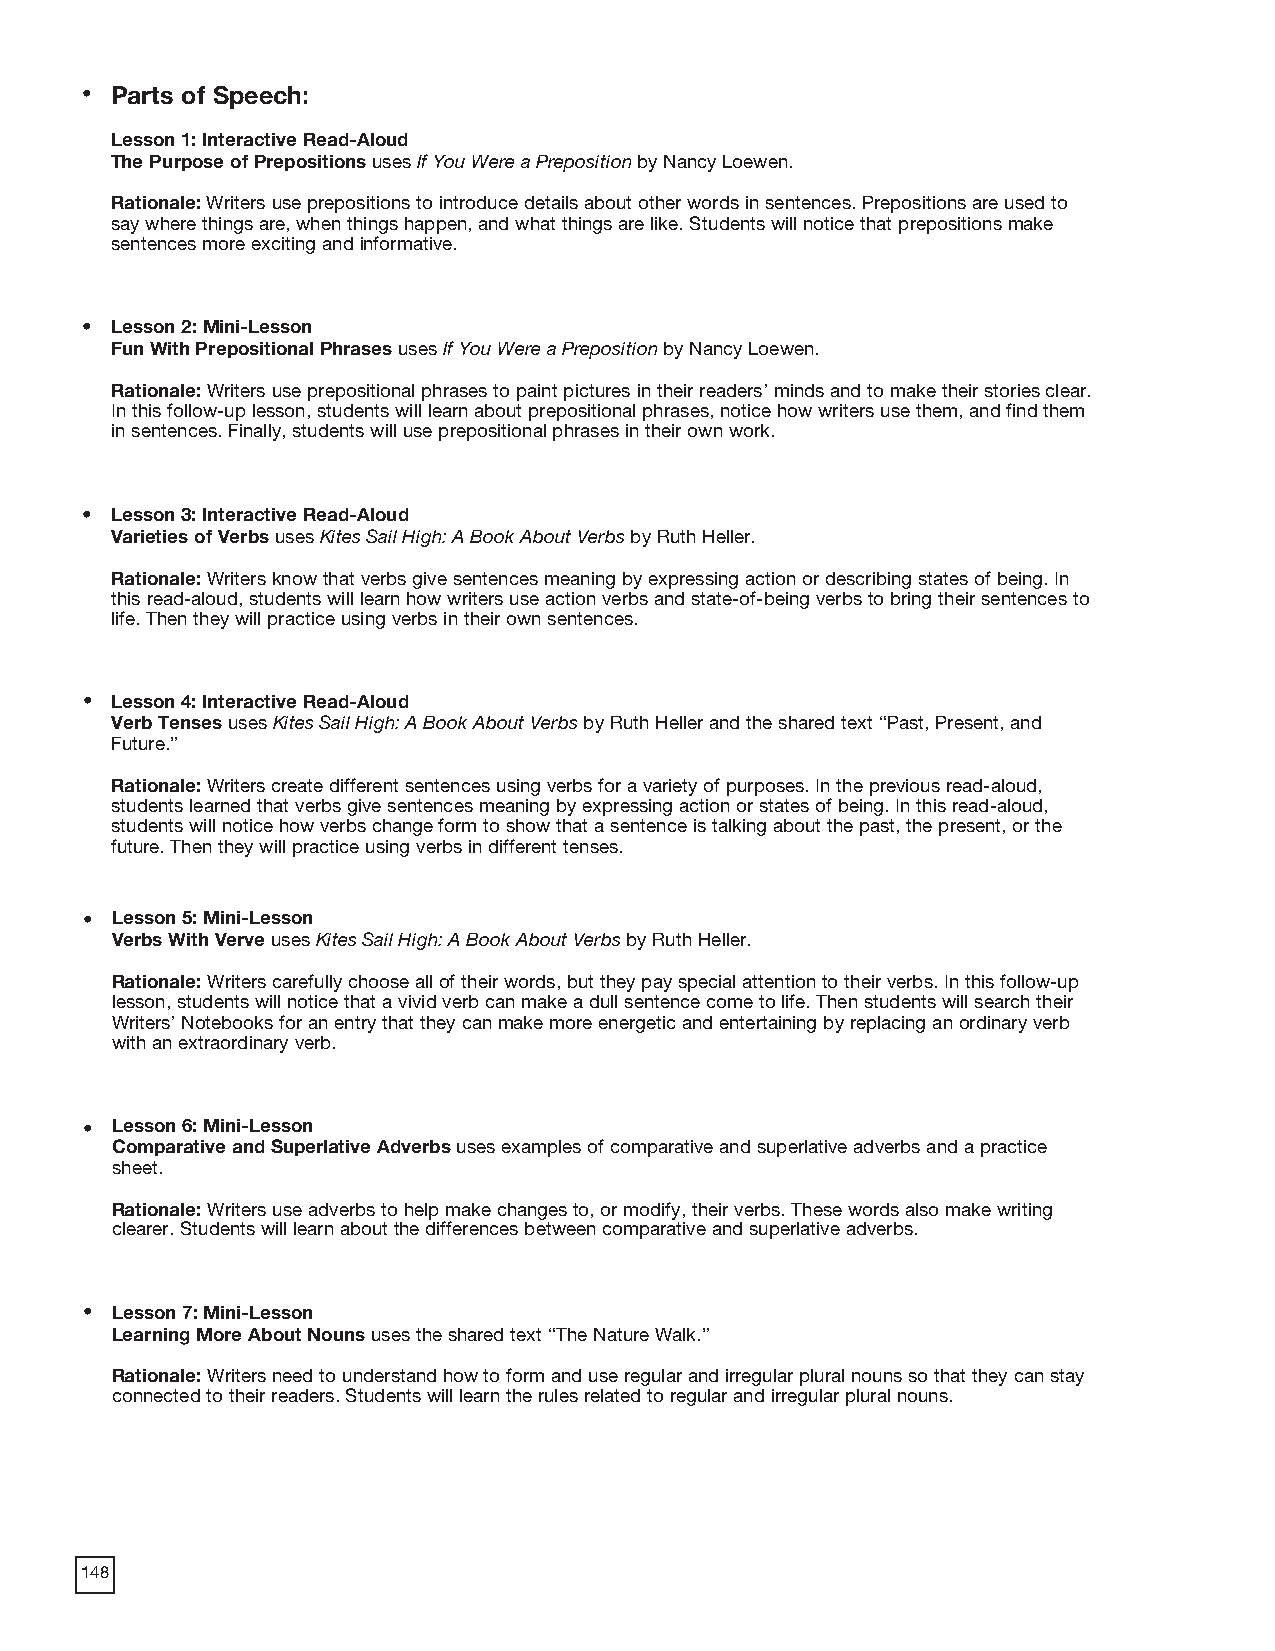
• Parts of Speech:
 Lesson 1: Interactive Read-Aloud
 The Purpose of Prepositions uses If You Were a Preposition by Nancy Loewen.
 Rationale: Writers use prepositions to introduce details about other words in sentences. Prepositions are used to
 say where things are, when things happen, and what things are like. Students will notice that prepositions make
 sentences more exciting and informative.
 • Lesson 2: Mini-Lesson
 Fun With Prepositional Phrases uses If You Were a Preposition by Nancy Loewen.
 Rationale: Writers use prepositional phrases to paint pictures in their readers’ minds and to make their stories clear.
 In this follow-up lesson, students will learn about prepositional phrases, notice how writers use them, and find them
 in sentences. Finally, students will use prepositional phrases in their own work.
 • Lesson 3: Interactive Read-Aloud
 Varieties of Verbs uses Kites Sail High: A Book About Verbs by Ruth Heller.
 Rationale: Writers know that verbs give sentences meaning by expressing action or describing states of being. In
 this read-aloud, students will learn how writers use action verbs and state-of-being verbs to bring their sentences to
 life. Then they will practice using verbs in their own sentences.
 • Lesson 4: Interactive Read-Aloud
 Verb Tenses uses Kites Sail High: A Book About Verbs by Ruth Heller and the shared text “Past, Present, and
 Future.”
 Rationale: Writers create different sentences using verbs for a variety of purposes. In the previous read-aloud,
 students learned that verbs give sentences meaning by expressing action or states of being. In this read-aloud,
 students will notice how verbs change form to show that a sentence is talking about the past, the present, or the
 future. Then they will practice using verbs in different tenses.
 • Lesson 5: Mini-Lesson
 Verbs With Verve uses Kites Sail High: A Book About Verbs by Ruth Heller.
 Rationale: Writers carefully choose all of their words, but they pay special attention to their verbs. In this follow-up
 lesson, students will notice that a vivid verb can make a dull sentence come to life. Then students will search their
 Writers’ Notebooks for an entry that they can make more energetic and entertaining by replacing an ordinary verb
 with an extraordinary verb.
 • Lesson 6: Mini-Lesson
 Comparative and Superlative Adverbs uses examples of comparative and superlative adverbs and a practice
 sheet.
 Rationale: Writers use adverbs to help make changes to, or modify, their verbs. These words also make writing
 clearer. Students will learn about the differences between comparative and superlative adverbs.
 • Lesson 7: Mini-Lesson
 Learning More About Nouns uses the shared text “The Nature Walk.”
 Rationale: Writers need to understand how to form and use regular and irregular plural nouns so that they can stay
 connected to their readers. Students will learn the rules related to regular and irregular plural nouns.
 148